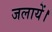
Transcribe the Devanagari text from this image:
जलायें।